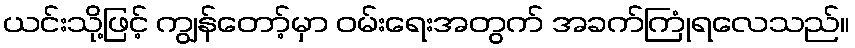
ယင်းသို့ဖြင့် ကျွန်တော့်မှာ ဝမ်းရေးအတွက် အခက်ကြုံရလေသည်။